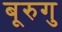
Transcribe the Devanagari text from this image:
बूरुगु